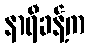
နာရီခန့်က